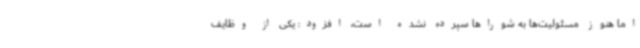
اما هنوز مسئولیت‌ها به شوراها سپرده نشده است، افزود: یکی از وظایف